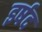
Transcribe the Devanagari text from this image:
इर्षद